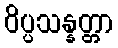
ဝိပ္ပသန္နတ္တာ